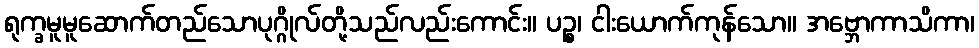
ရုက္ခမူမူဆောက်တည်သောပုဂ္ဂိုလ်တို့သည်လည်းကောင်း။ ပဉ္စ၊ ငါးယောက်ကုန်သော။ အဗ္ဘောကာသိကာ၊